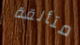
متألقة